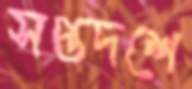
সপ্তদশে